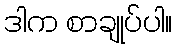
ဒါက စာချုပ်ပါ။